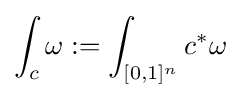
\int _{c}\omega :=\int _{[0,1]^{n}}c^{*}\omega